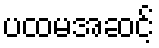
ပထမအဆင့်